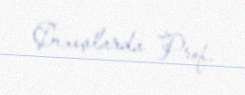
Çıxışlarda Prof.